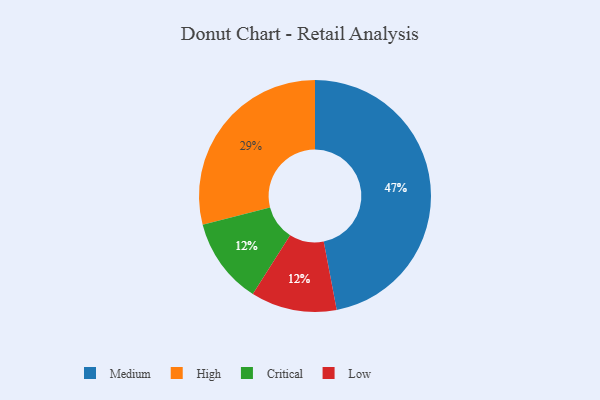
{"axis": {"x": "Category", "y": "Percentage"}, "legend": ["Critical", "High", "Low", "Medium"], "data": [{"x": "Critical", "y": 12, "type": "Critical"}, {"x": "Low", "y": 12, "type": "Low"}, {"x": "Medium", "y": 47, "type": "Medium"}, {"x": "High", "y": 29, "type": "High"}]}